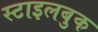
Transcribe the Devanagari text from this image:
स्टाइलबुक